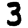
Digit: 3